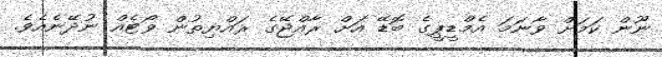
ނޫން ކަމަށް ވާނަމަ އެމްޑީޕީގެ ބޮޑޭ އަށް ރާއްޖޭގެ ރައްޔިތުން ވޯޓެއް ނުދޭނެއެވެ.